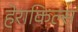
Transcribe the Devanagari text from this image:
हेराकिल्स